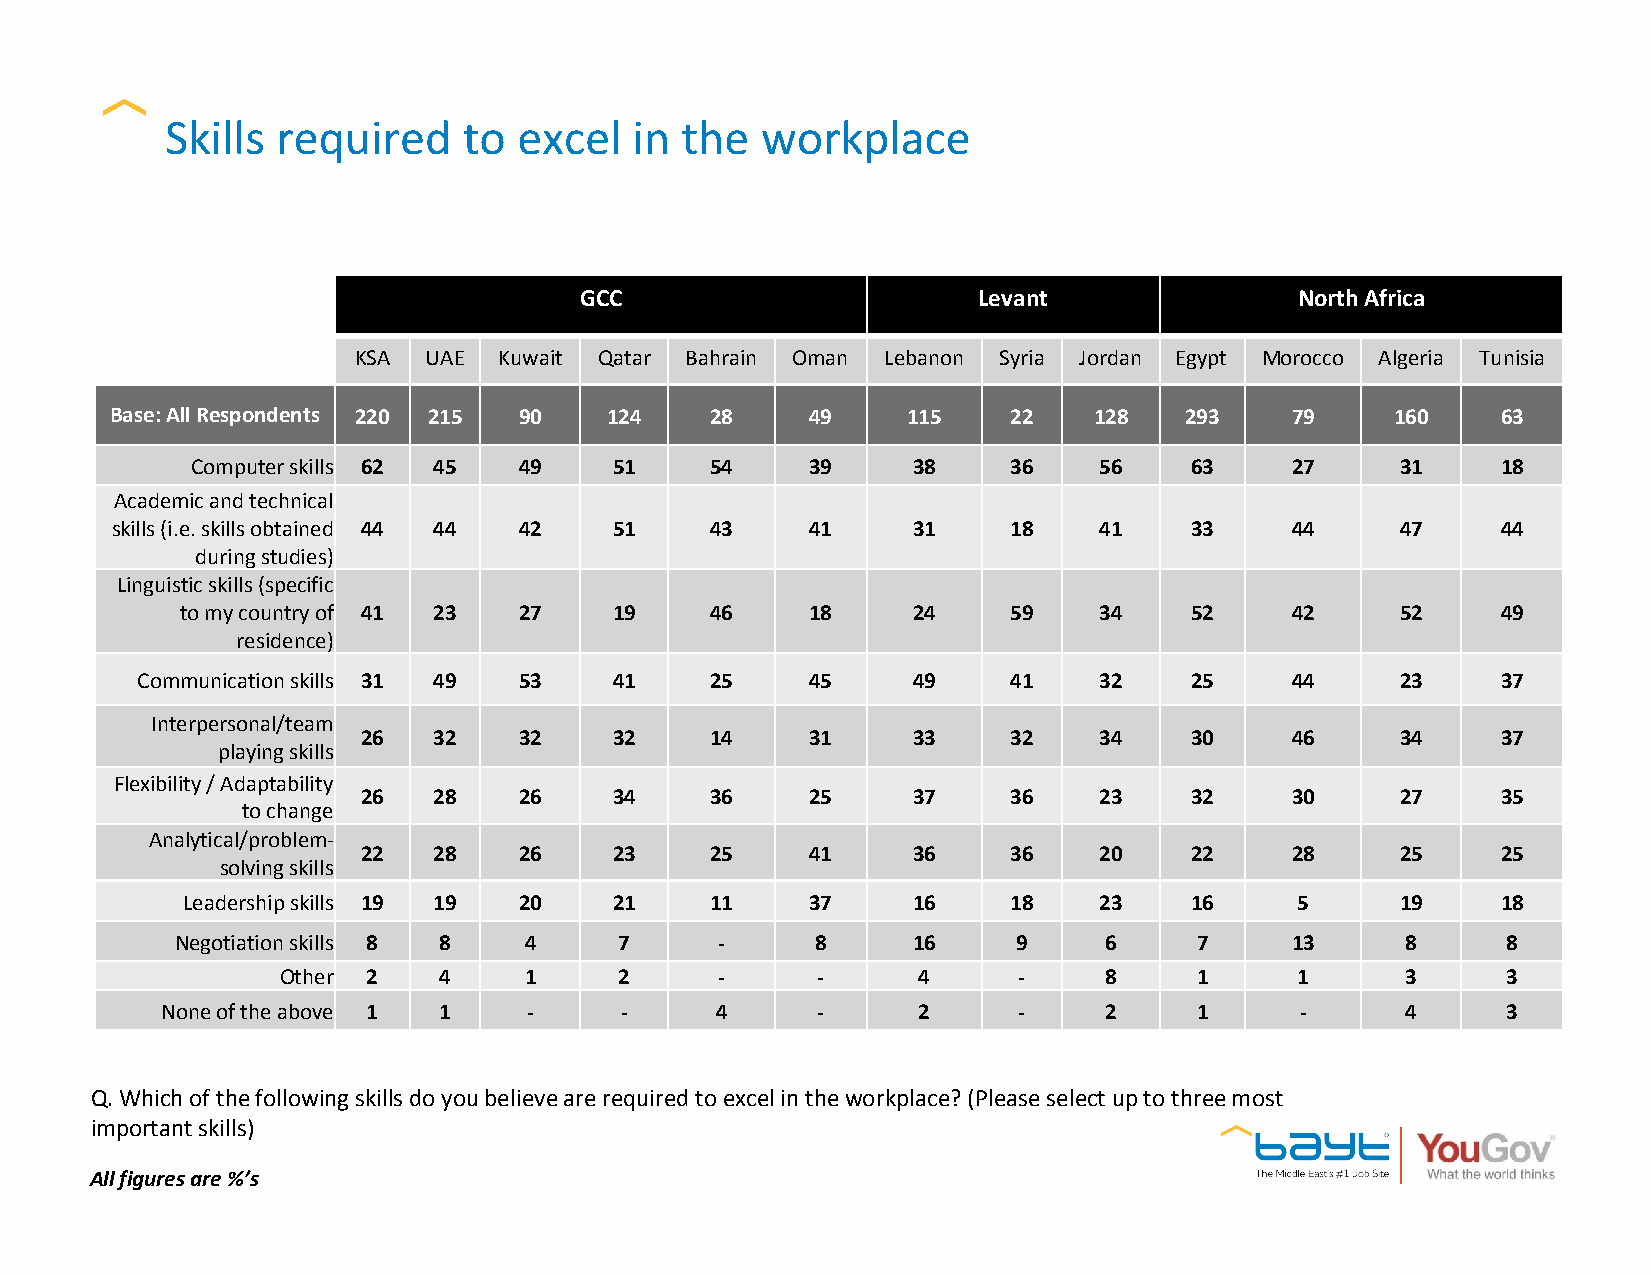
Skills required     to excel   in the  workplace
 GCC                        Levant               North Africa
 KSA  UAE  Kuwait Qatar Bahrain Oman Lebanon Syria Jordan Egypt Morocco Algeria Tunisia
 Base: All Respondents 220 215 90 124    28     49    115    22   128   293    79     160    63
 Computer skills 62 45 49    51    54     39    38     36    56    63    27      31    18
 Academic and technical
 skills (i.e. skills obtained 44 44 42 51 43    41    31     18    41    33    44      47    44
 during studies)
 Linguistic skills (specific
 to my country of 41 23 27    19    46     18    24     59    34    52    42      52    49
 residence)
 Communication skills 31 49 53   41    25     45    49     41    32    25    44      23    37
 Interpersonal/team
 26   32   32     32    14     31    33     32    34    30    46      34    37
 playing skills
 Flexibility / Adaptability
 26   28   26     34    36     25    37     36    23    32    30      27    35
 to change
 Analytical/problem-
 22   28   26     23    25     41    36     36    20    22    28      25    25
 solving skills
 Leadership skills 19 19 20   21    11     37    16     18    23    16     5      19    18
 Negotiation skills 8 8 4     7      -     8     16     9     6     7     13      8      8
 Other 2   4     1     2      -     -      4     -     8     1      1      3      3
 None of the above 1 1   -     -     4      -      2     -     2     1      -      4      3
 Q. Which of the following skills do you believe are required to excel in the workplace? (Please select up to three most
 important skills)
 All figures are %’s